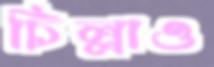
চিল্লাও